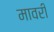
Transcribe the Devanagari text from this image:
मावरी